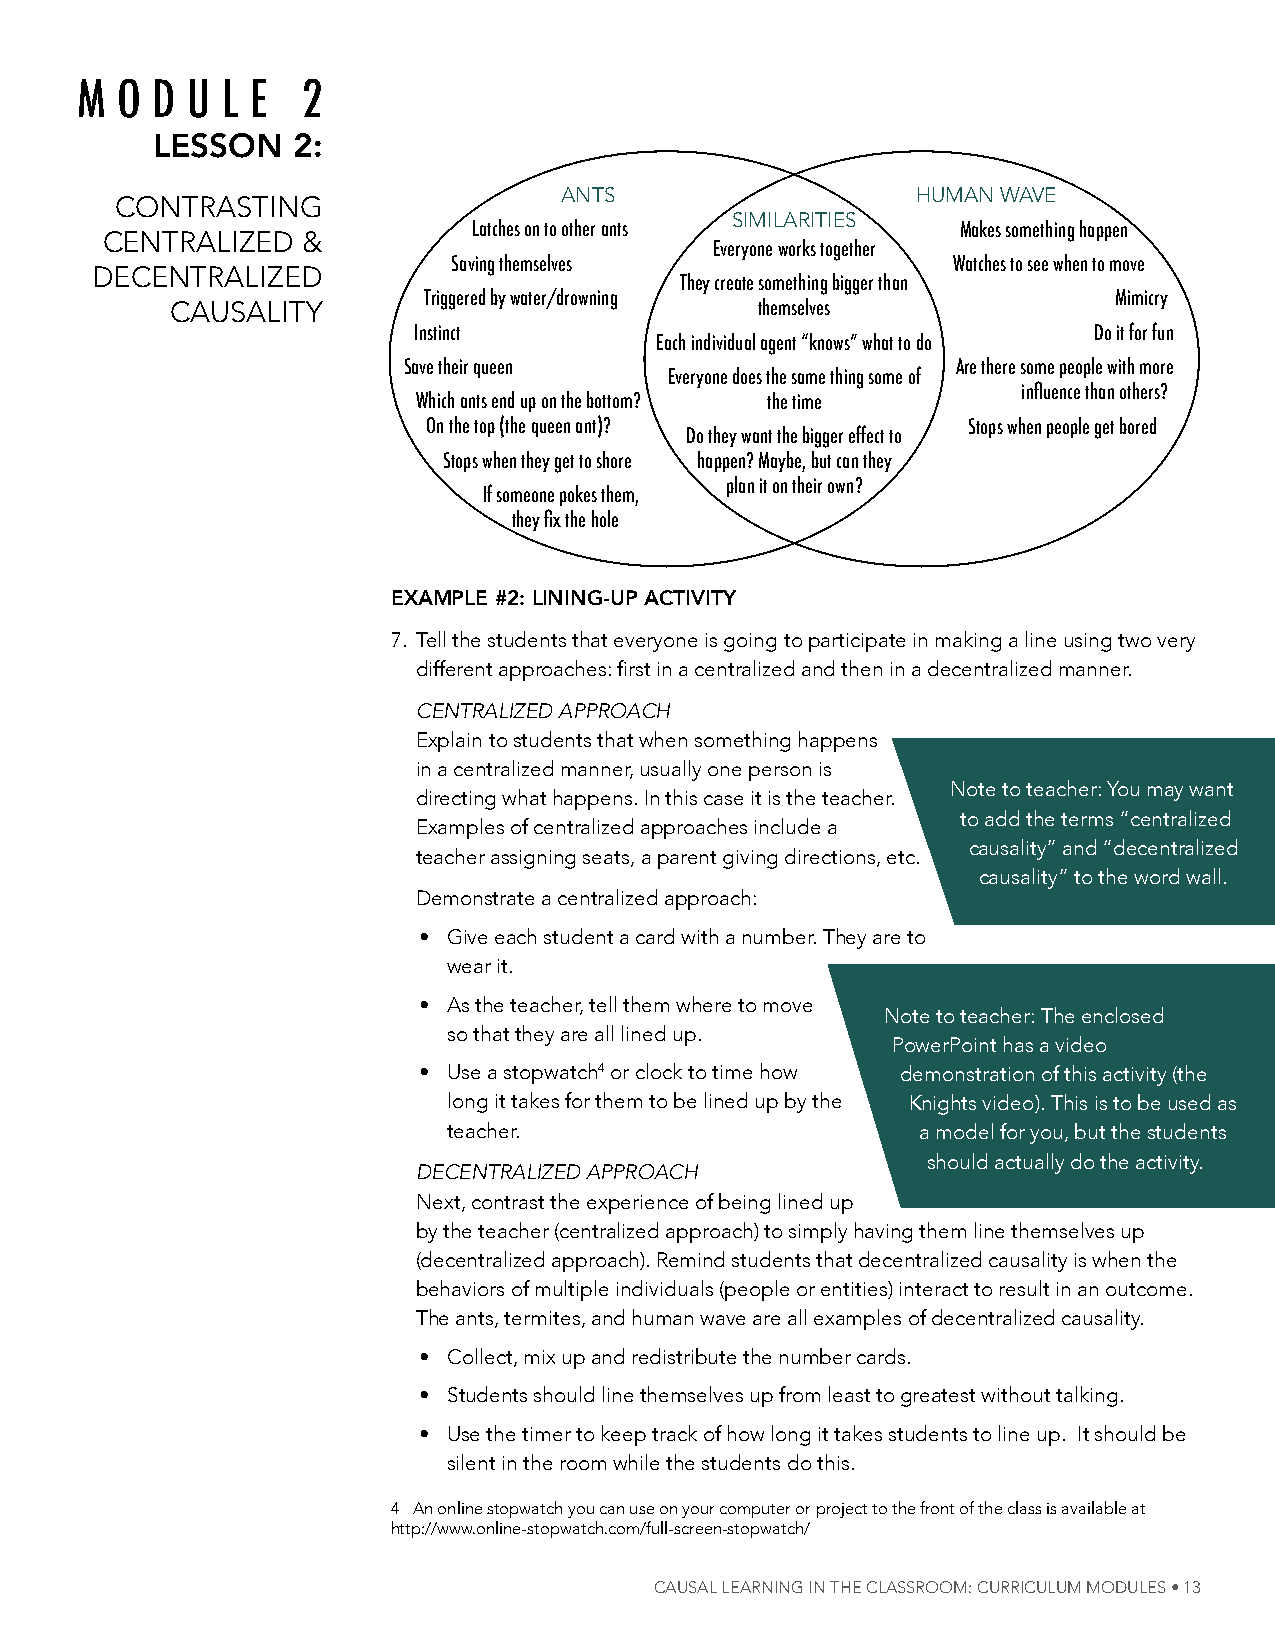
M  O D U  L E  2
 lesson   2:
 ants                    human Wave
 Contrasting
 similarities
 Latches on to other ants         Makes something happen
 Centralized  &
 Everyone works together
 saving themselves                watches to see when to move
 deCentralized
 they create something bigger than
 triggered by water/drowning                   Mimicry
 Causality                              themselves
 instinct                                     Do it for fun
 Each individual agent “knows” what to do
 save their queen                    Are there some people with more
 Everyone does the same thing some of
 influence than others?
 which ants end up on the bottom? the time
 On the top (the queen ant)?         stops when people get bored
 Do they want the bigger effect to
 stops when they get to shore happen? Maybe, but can they
 plan it on their own?
 if someone pokes them,
 they fix the hole
 exAmple #2: lining-up Activity
 7. tell the students that everyone is going to participate in making a line using two very
 different approaches: first in a centralized and then in a decentralized manner.
 CeNTralized apprOaCh
 explain to students that when something happens
 in a centralized manner, usually one person is
 note to teacher: you may want
 directing what happens. in this case it is the teacher.
 to add the terms “centralized
 examples of centralized approaches include a
 causality” and “decentralized
 teacher assigning seats, a parent giving directions, etc.
 causality” to the word wall.
 demonstrate a centralized approach:
 • give each student a card with a number. they are to
 wear it.
 • as the teacher, tell them where to move
 note to teacher: the enclosed
 so that they are all lined up.
 powerpoint has a video
 • use a stopwatch4 or clock to time how demonstration of this activity (the
 long it takes for them to be lined up by the knights video). this is to be used as
 teacher.                       a model for you, but the students
 should actually do the activity.
 deCeNTralized apprOaCh
 next, contrast the experience of being lined up
 by the teacher (centralized approach) to simply having them line themselves up
 (decentralized approach). remind students that decentralized causality is when the
 behaviors of multiple individuals (people or entities) interact to result in an outcome.
 the ants, termites, and human wave are all examples of decentralized causality.
 • Collect, mix up and redistribute the number cards.
 • students should line themselves up from least to greatest without talking.
 • use the timer to keep track of how long it takes students to line up. it should be
 silent in the room while the students do this.
 4 an online stopwatch you can use on your computer or project to the front of the class is available at
 http://www.online-stopwatch.com/full-screen-stopwatch/
 Causal learning in the Classroom: CurriCulum modules • 13